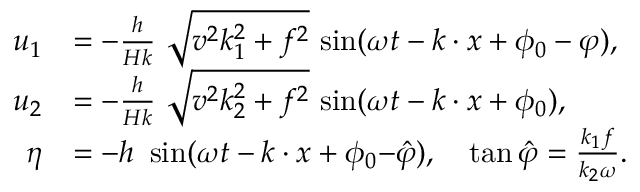
\begin{array} { r l } { u _ { 1 } } & { = { - } \frac { h } { H k } \ { \sqrt { v ^ { 2 } k _ { 1 } ^ { 2 } + f ^ { 2 } } } \ { \sin } ( \omega t - k \cdot x + \phi _ { 0 } - \varphi ) , } \\ { u _ { 2 } } & { = { - } \frac { h } { H k } \ { \sqrt { v ^ { 2 } k _ { 2 } ^ { 2 } + f ^ { 2 } } } \ { \sin } ( \omega t - k \cdot x + \phi _ { 0 } ) , } \\ { \eta } & { = - h \ \sin ( \omega t - k \cdot x + \phi _ { 0 } { - } \hat { \varphi } ) , \quad \tan \hat { \varphi } = \frac { k _ { 1 } f } { k _ { 2 } \omega } . } \end{array}